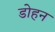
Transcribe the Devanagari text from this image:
डोहन